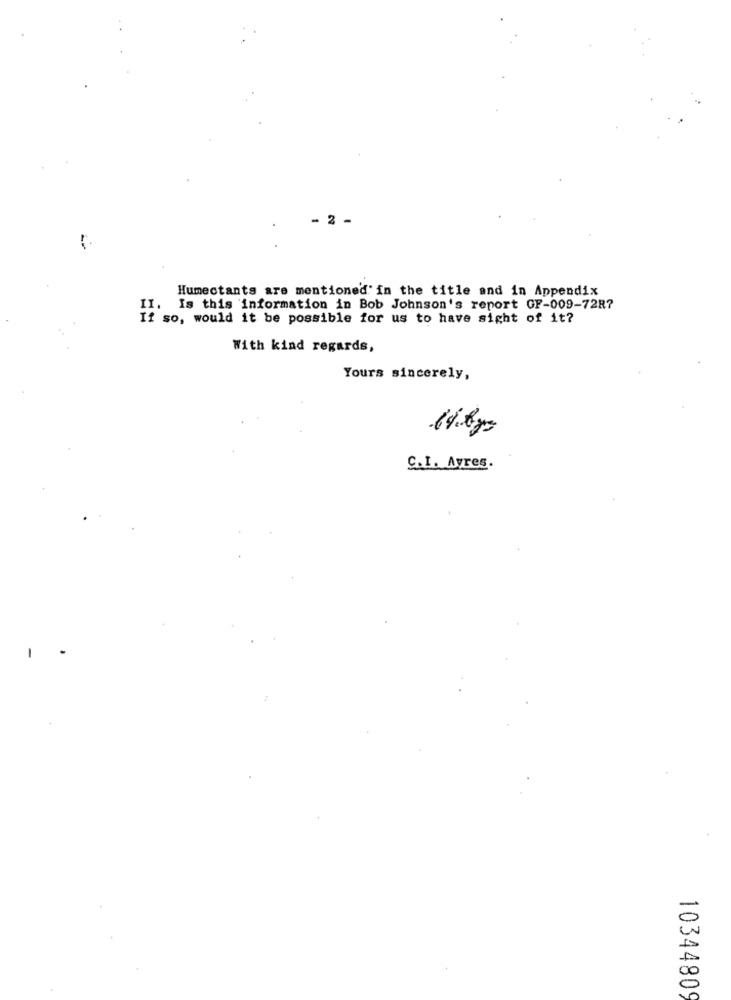
- 2 -
Humectants are mentioned' in the title and in Appendix
II. Is this information in Bob Johnson's report GF-009-7287
If so, would it be possible for us to have sight of it?
With kind regards,
Yours sincerely,
C.I. Avres.
1
20
0
10344809